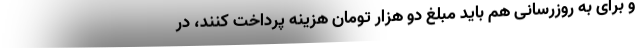
و برای به روزرسانی هم باید مبلغ دو هزار تومان هزینه پرداخت کنند، در